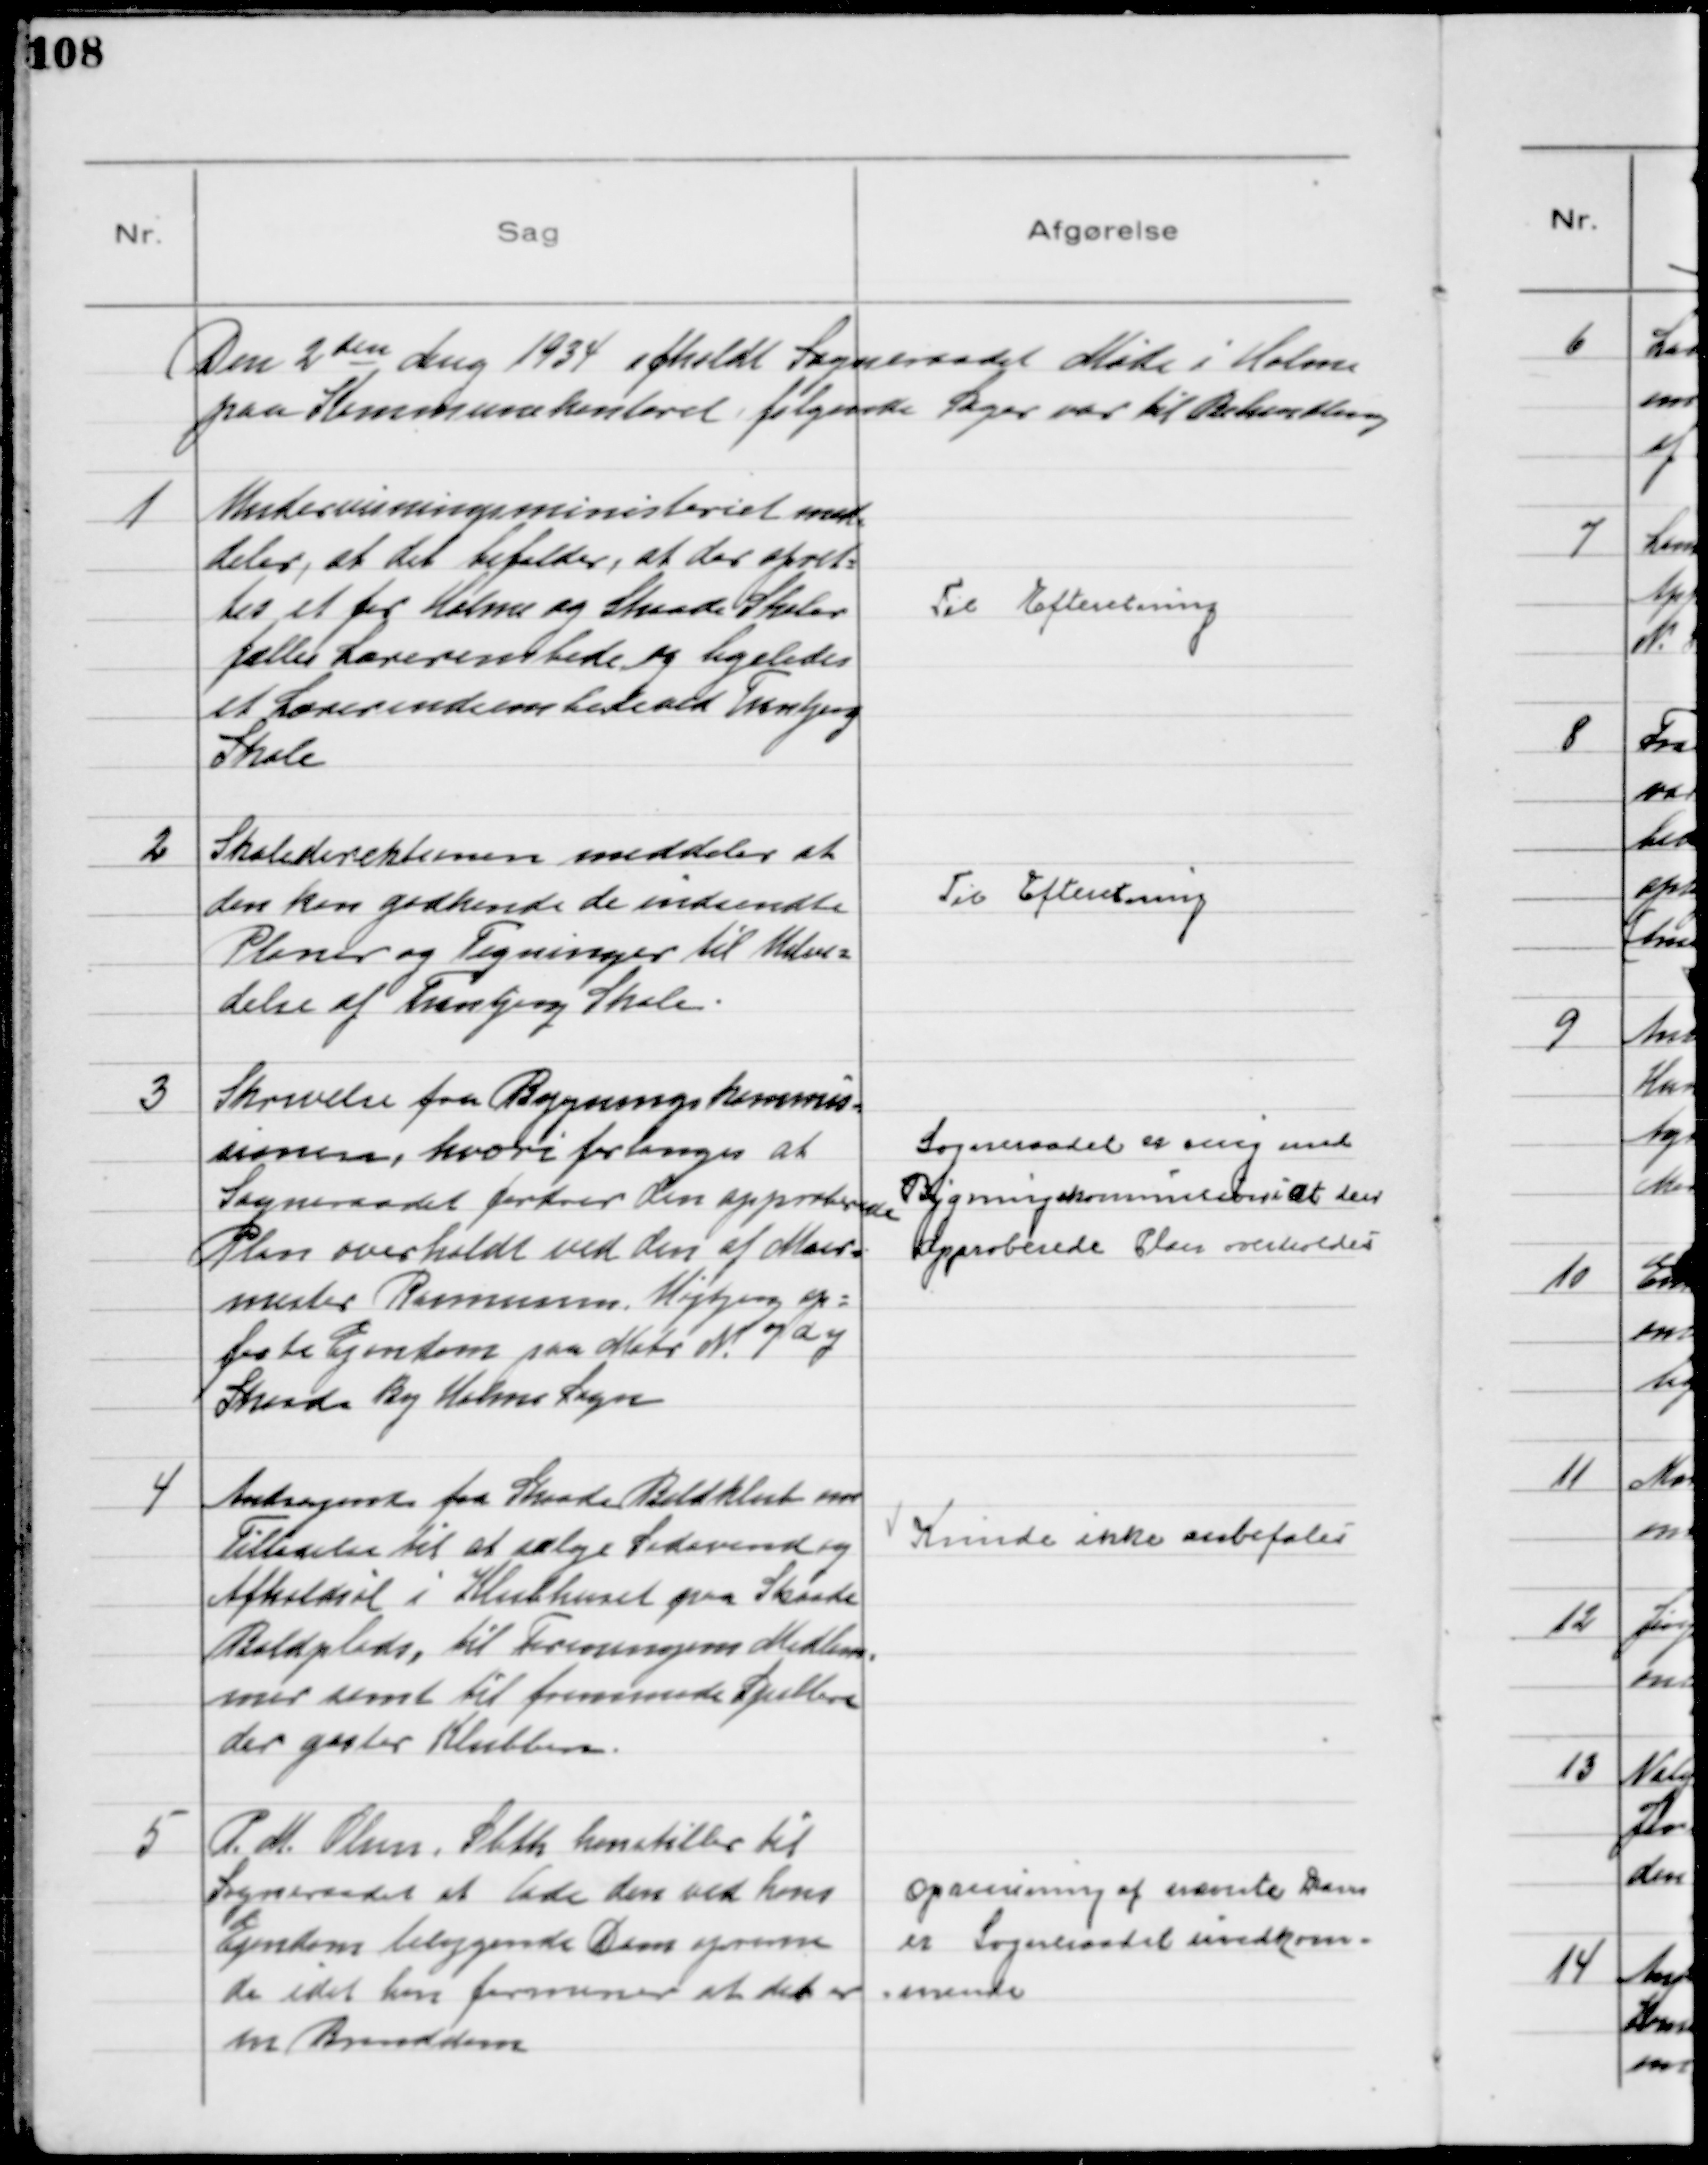
Transskription:
Den 2den Aug 1934 afholdt Sogneraadet Møde i Holme
paa Kommunekontoret, følgende Sager var til Behandling

1
Undervisningsministeriet med=
deler, at det bifalder, at der opret=
tes et for Holme og Skaade Skoler
fælles Lærerembede og ligeledes
et Lærerindeembede ved Tranbjerg
Skole

Til Efteretning

2
Skoledirektionen meddeler at
den kan godkende de indsendte
Planer og Tegninger til Udvi=
delse af Tranbjerg Skole.

Til Efteretning

3
Skrivelse fra Bygningskommis=
sionen, hvori forlanges at
Sogneraadet fordrer den approberede
Plan overholdt ved den af Mur=
mester Rasmussen Højbjerg op=
førte Ejendom paa Matr № 7dy
Skaade By Holme Sogn
Sogneraadet er enig med
Bygningskommissionen i at den
approberede Plan overholdes

4
Andragende fra Skaade Boldklub om
Tilladelse til at sælge Sodavand og
Afholdsøl i Klubhuset paa Skaade
Boldplads, til Foreningens Medlem=
mer samt til fremmede Spillere
der gæster Klubben.

Kunde ikke anbefales

5
P. M. Olsen, Sleth henstiller til
Sogneraadet at lade den ved hans
Ejendom beliggende Dam oprense
da idet han formener at det er
en Branddam

Oprensning af nævnte Dam
er Sogneraadet uvedkom=
=mende